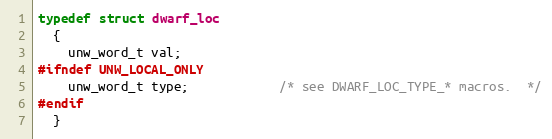
Language: C
typedef struct dwarf_loc
  {
    unw_word_t val;
#ifndef UNW_LOCAL_ONLY
    unw_word_t type;            /* see DWARF_LOC_TYPE_* macros.  */
#endif
  }